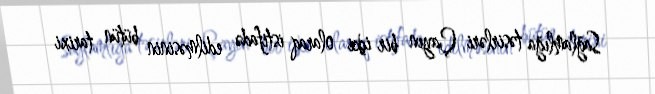
Sağlamlığa təsirləri Çayın bir içki olaraq istifadə edilməsinin bütün tarixi